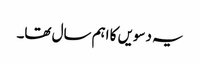
یہ دسویں کا اہم سال تھا۔